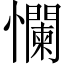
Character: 㦨